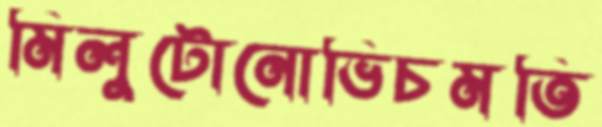
মিলুটোনোভিচমতি